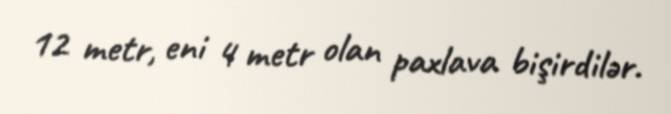
12 metr, eni 4 metr olan paxlava bişirdilər.